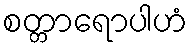
စတ္တာရောပါဟံ